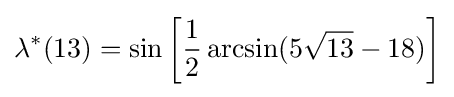
\lambda ^{*}(13)=\sin \left[{\frac {1}{2}}\arcsin(5{\sqrt {13}}-18)\right]